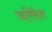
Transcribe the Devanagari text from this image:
जरिमेल